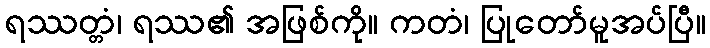
ရဿတ္တံ၊ ရဿ၏ အဖြစ်ကို။ ကတံ၊ ပြုတော်မူအပ်ပြီ။